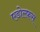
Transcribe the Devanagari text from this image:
एडोल्फ़स